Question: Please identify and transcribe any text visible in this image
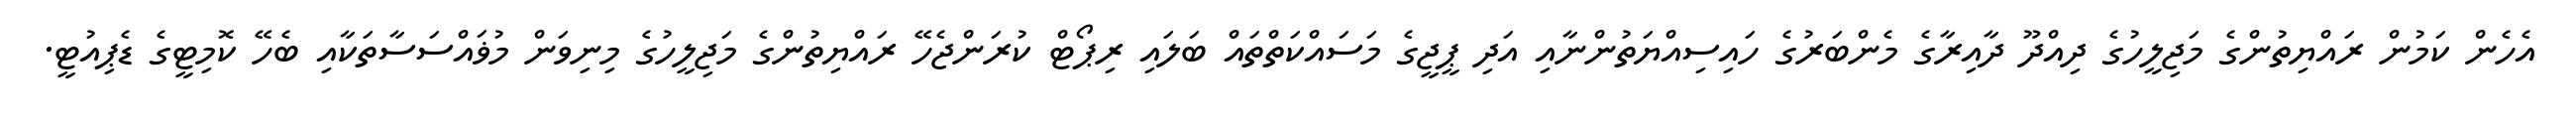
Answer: އެހެން ކަމުން ރައްޔިތުންގެ މަޖިލީހުގެ ދިއްދޫ ދާއިރާގެ މެންބަރުގެ ހައިސިއްޔަތުންނާއި އަދި ޕީޖީގެ މަސައްކަތްތައް ބަލައި ރިޕޯޓް ކުރަންޖެހޭ ރައްޔިތުންގެ މަޖިލީހުގެ މިނިވަން މުޥައްސަސާތަކާއި ބެހޭ ކޮމިޓީގެ ޑެޕިއުޓީ.